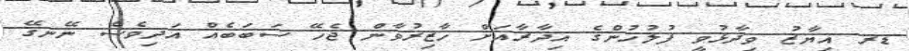
ޑރ އިޔާޒު ވިދާޅުވީ ފުލުހުންގެ އިދާރާއަށް ހާޒިރުވާން ޖެހޭ ސަބަބެއް އަދިވެސް ނޭނގޭ